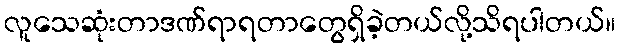
လူသေဆုံးတာဒဏ်ရာရတာတွေရှိခဲ့တယ်လို့သိရပါတယ်။